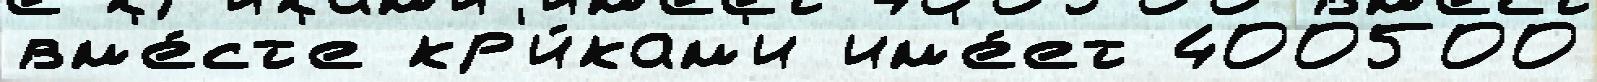
вм'е́ст'е кр'и́кам'и им'е́ет 400500